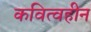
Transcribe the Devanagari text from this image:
कवित्वहीन